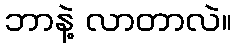
ဘာနဲ့ လာတာလဲ။